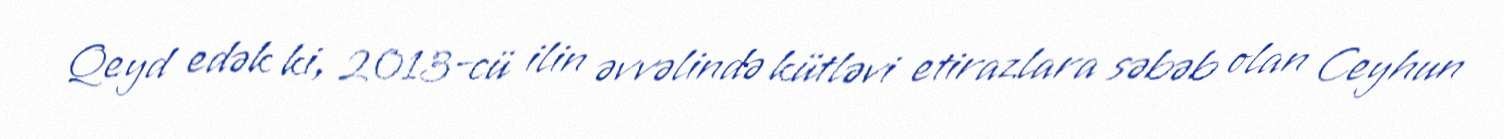
Qeyd edək ki, 2013-cü ilin əvvəlində kütləvi etirazlara səbəb olan Ceyhun